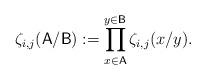
LaTeX: \begin{align*} \zeta_{i,j}(\mathsf{A}/\mathsf{B}):=\prod_{x\in \mathsf{A}}^{y\in \mathsf{B}}\zeta_{i,j}(x/y).\end{align*}